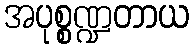
အပုစ္စဏ္ဍတာယ